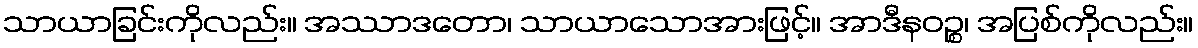
သာယာခြင်းကိုလည်း။ အဿာဒတော၊ သာယာသောအားဖြင့်။ အာဒီနဝဉ္စ၊ အပြစ်ကိုလည်း။